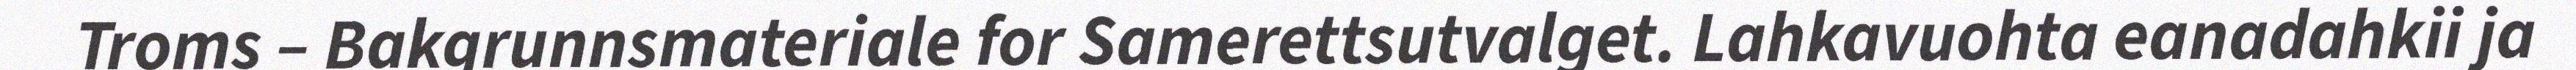
Troms – Bakgrunnsmateriale for Samerettsutvalget. Lahkavuohta eanadahkii ja